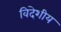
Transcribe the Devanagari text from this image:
विदेशीय